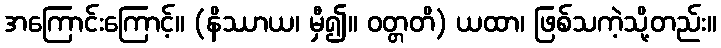
အကြောင်းကြောင့်။ (နိဿာယ၊ မှီ၍။ ဝတ္တတိ) ယထာ၊ ဖြစ်သကဲ့သို့တည်း။